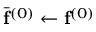
\bar { \mathbf { f } } ^ { ( 0 ) } \leftarrow \mathbf { f } ^ { ( 0 ) }